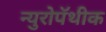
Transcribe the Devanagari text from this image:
न्युरोपॅथीक